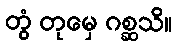
တွံ တုမှေ ဂစ္ဆသိ။